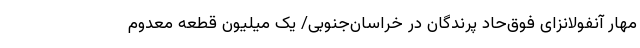
مهار آنفولانزای فوق‌حاد پرندگان در خراسان‌جنوبی/ یک میلیون قطعه معدوم